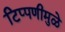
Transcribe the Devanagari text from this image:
टिप्पणीमुळे